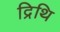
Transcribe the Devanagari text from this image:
द्रिथि